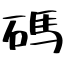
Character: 碼